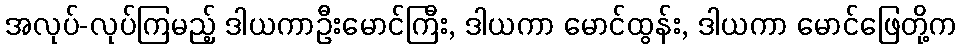
အလုပ်-လုပ်ကြမည့် ဒါယကာဦးမောင်ကြီး, ဒါယကာ မောင်ထွန်း, ဒါယကာ မောင်ဖြေတို့က